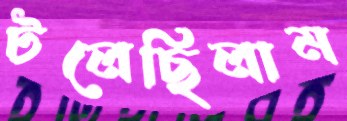
টলেছিলাম